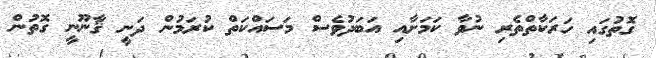
ގޮތުގައި ހަރަކާތްތެރި ނުވާ ކަމަށާއި އަބަދުވެސް މަސައްކަތް ކުރަމުން ދަނީ ޤާނޫނީ ގޮތުން